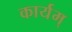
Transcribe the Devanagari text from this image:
कार्यम्